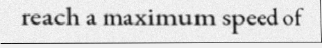
reach a maximum speed of